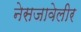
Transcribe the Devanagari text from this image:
नेसजावेलीर